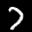
Label: 7